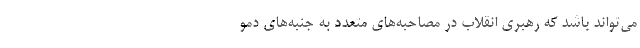
می‌تواند باشد که رهبری انقلاب در مصاحبه‌های متعدد به جنبه‌های دمو